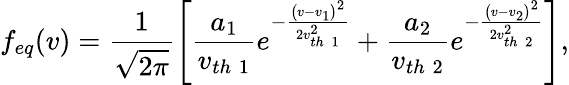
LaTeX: f_{eq}(v)=\frac{1}{\sqrt{2\pi}}\left[\frac{a_{1}}{v_{th\; 1}}e^{-\frac{\left(v-v_{1}\right)^{2}}{2v_{th\; 1}^{2}}}+\frac{a_{2}}{v_{th\; 2}}e^{-\frac{\left(v-v_{2}\right)^{2}}{2v_{th\; 2}^{2}}}\right],